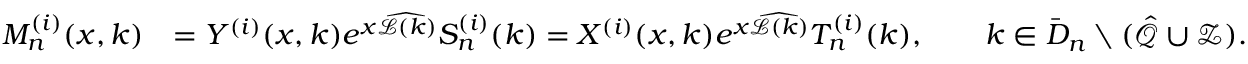
\begin{array} { r l } { M _ { n } ^ { ( i ) } ( x , k ) } & { = Y ^ { ( i ) } ( x , k ) e ^ { x \widehat { \mathcal { L } ( k ) } } S _ { n } ^ { ( i ) } ( k ) = X ^ { ( i ) } ( x , k ) e ^ { x \widehat { \mathcal { L } ( k ) } } T _ { n } ^ { ( i ) } ( k ) , \qquad k \in \bar { D } _ { n } \setminus ( \hat { \mathcal { Q } } \cup \mathcal { Z } ) . } \end{array}